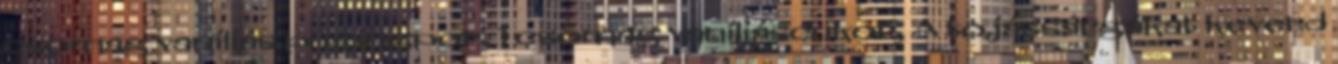
csomag vaníliás pugingpor, 1 csomag vaníliáscukor, A tojássárgákat keverd